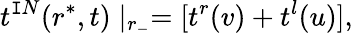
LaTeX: t^{\mathtt{I}N}(r^{*},t)\mid_{r_{-}}=[t^{r}(v)+t^{l}(u)],